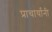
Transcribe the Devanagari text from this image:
प्राचार्यांनी